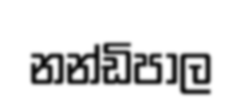
නන්ඩිපාල